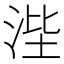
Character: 𰛭